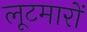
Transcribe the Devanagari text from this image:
लूटमारों